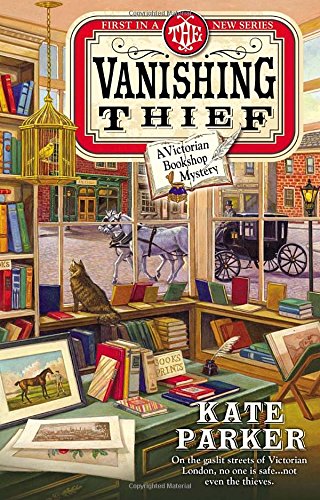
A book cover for The Vanishing Thief (A Victorian Bookshop Mystery); Kate Parker; Mystery, Thriller & Suspense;